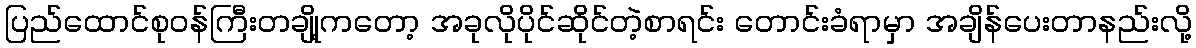
ပြည်ထောင်စုဝန်ကြီးတချို့ကတော့ အခုလိုပိုင်ဆိုင်တဲ့စာရင်း တောင်းခံရာမှာ အချိန်ပေးတာနည်းလို့